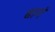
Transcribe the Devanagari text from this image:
बागं